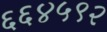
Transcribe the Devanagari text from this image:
६६४५९२